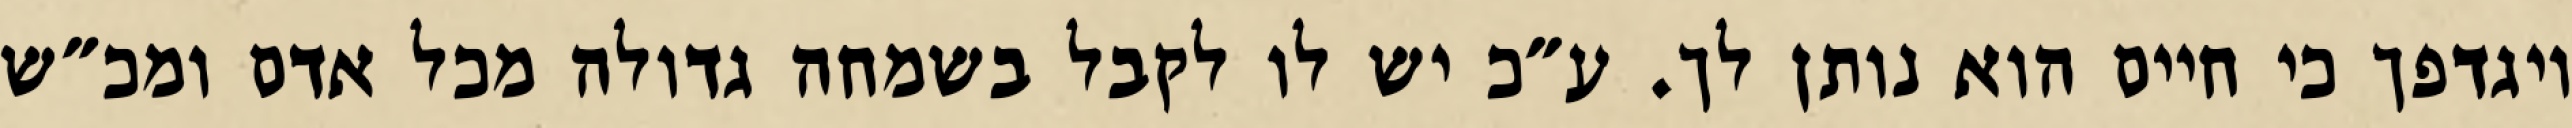
ויגדפך כי חיים הוא נותן לך. ע״כ יש לו לקבל בשמחה גדולה מכל אדם ומכ״ש